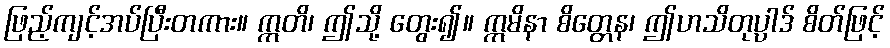
ဖြည့်ကျင့်အပ်ပြီးတကား။ ဣတိ၊ ဤသို့ တွေး၍။ ဣမိနာ စိတ္တေန၊ ဤဟသိတုပ္ပါဒ် စိတ်ဖြင့်